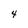
Character: 4